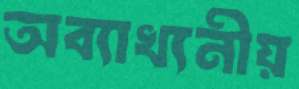
অব্যাখ্যনীয়